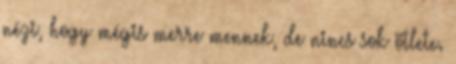
nézi, hogy mégis merre mennek, de nincs sok ötlete.